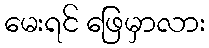
မေးရင် ဖြေမှာလား